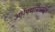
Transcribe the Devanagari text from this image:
अर्धपद्मासनबद्ध